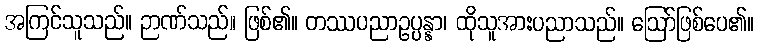
အကြင်သူသည်။ ဉာဏ်သည်။ ဖြစ်၏။ တဿပညာဥပ္ပန္နာ၊ ထိုသူအားပညာသည်။ ဩော်ဖြစ်ပေ၏။